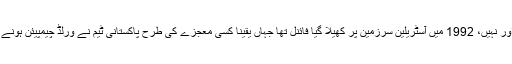
جی ہاں یہ میچ کوئی اور نہیں، 1992 میں آسٹریلین سرزمین پر کھیلا گیا فائنل تھا جہاں یقیناً کسی معجزے کی طرح پاکستانی ٹیم نے ورلڈ چیمپیئن ہونے کا اعزاز اپنے نام کیا۔